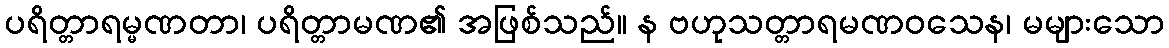
ပရိတ္တာရမ္မဏတာ၊ ပရိတ္တာမဏ၏ အဖြစ်သည်။ န ဗဟုသတ္တာရမဏဝသေန၊ မများသော